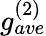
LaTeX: g_{ave}^{(2)}